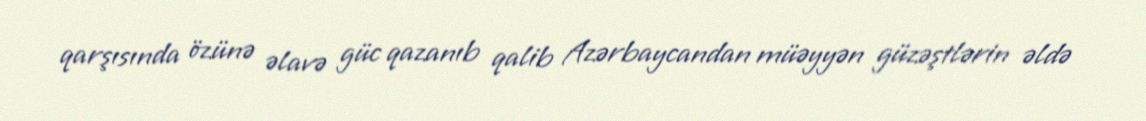
qarşısında özünə əlavə güc qazanıb qalib Azərbaycandan müəyyən güzəştlərin əldə